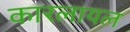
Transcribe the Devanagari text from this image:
कारलायल